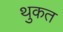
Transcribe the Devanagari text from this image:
थुकत